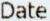
DATE